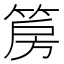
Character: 𮅝